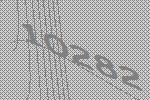
10282